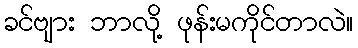
ခင်ဗျား ဘာလို့ ဖုန်းမကိုင်တာလဲ။